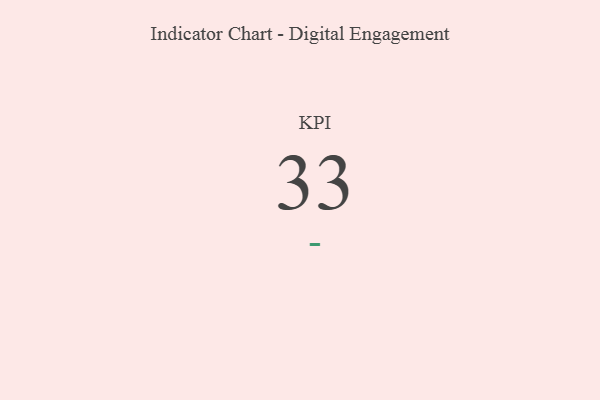
{"axis": {"x": "KPI", "y": "Value"}, "legend": [""], "data": [{"x": "KPI", "y": 33, "type": ""}]}